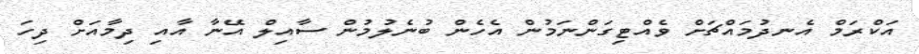
އަކްރަމް އެނދުމައްޗަށް ވެއްޓިގަންނަމުން އެހެން ބުނެލުމުން ސާއިލް އޭނާ އާއި ދިމާއަށް ދިހަ